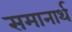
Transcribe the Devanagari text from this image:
समानार्थ